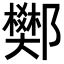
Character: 𨟅